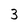
Character: 3